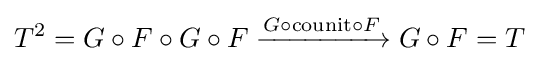
T^{2}=G\circ F\circ G\circ F\xrightarrow {G\circ {\text{counit}}\circ F} G\circ F=T